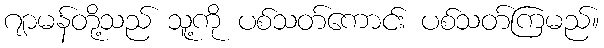
ဂျာမန်တို့သည် သူ့ကို ပစ်သတ်ကောင်း ပစ်သတ်ကြမည်။